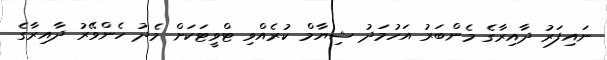
ނައިފަރު ދާއިރާގެ މެންބަރު އަހުމަދު ޝިޔާމް ކުރެއްވި ޓްވީޓަކަށް މެދު ހެންވޭރު ދާއިރާގެ